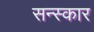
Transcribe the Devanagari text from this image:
सन्स्कार